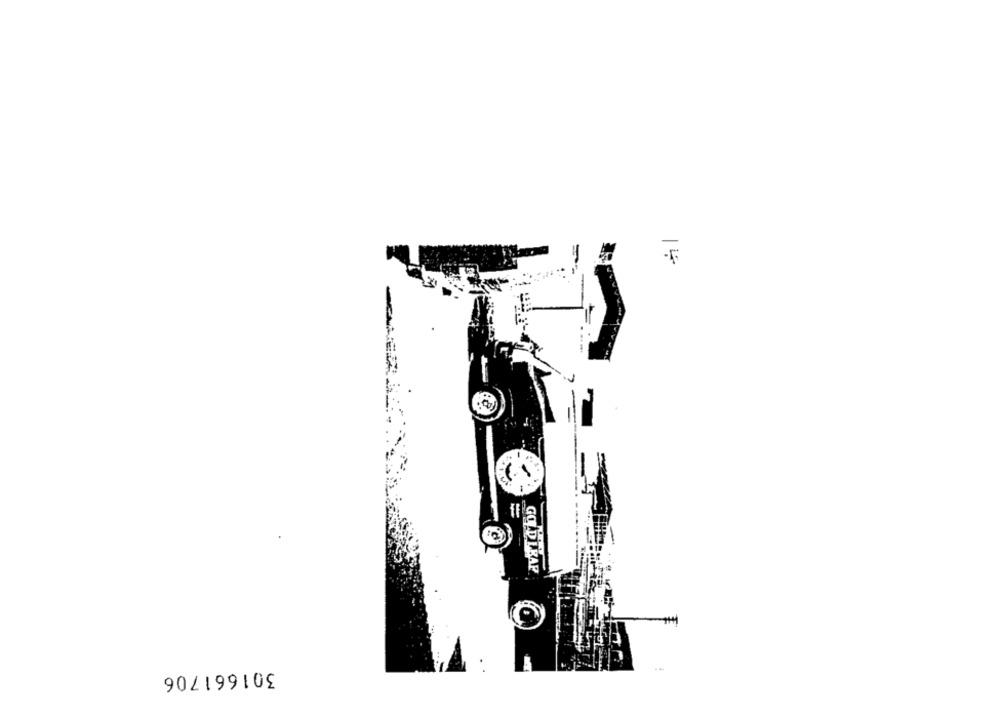
15
GODTKAP
301661706